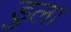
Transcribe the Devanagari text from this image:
डुला